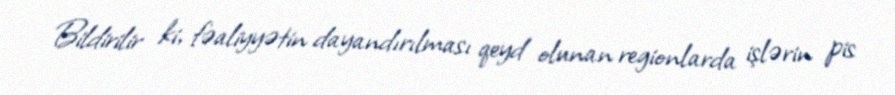
Bildirilir ki, fəaliyyətin dayandırılması qeyd olunan regionlarda işlərin pis